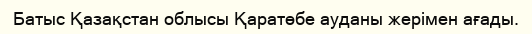
Батыс Қазақстан облысы Қаратөбе ауданы жерімен ағады.